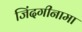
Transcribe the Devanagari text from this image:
जिंदगीनामा